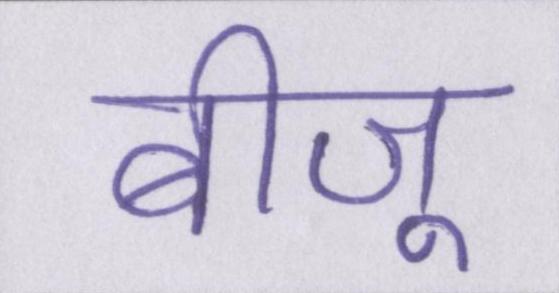
बीजू